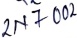
Text: 2N700